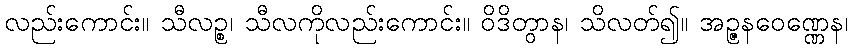
လည်းကောင်း။ သီလဉ္စ၊ သီလကိုလည်းကောင်း။ ဝိဒိတွာန၊ သိလတ်၍။ အဉ္ဇနဝေဏ္ဏေန၊